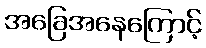
အခြေအနေကြောင့်